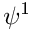
\psi ^ { 1 }